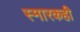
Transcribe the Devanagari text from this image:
स्मारकही